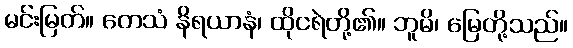
မင်းမြတ်။ တေသံ နိရယာနံ၊ ထိုငရဲတို့၏။ ဘူမိ၊ မြေတို့သည်။